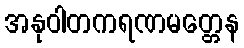
အနုဝါတကရဏမတ္တေန